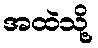
အထဲသို့